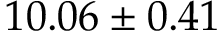
1 0 . 0 6 \pm 0 . 4 1